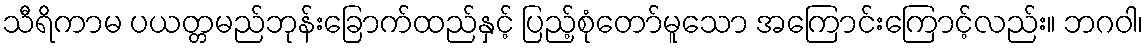
သီရိကာမ ပယတ္တမည်ဘုန်းခြောက်ထည်နှင့် ပြည့်စုံတော်မူသော အကြောင်းကြောင့်လည်း။ ဘဂဝါ၊